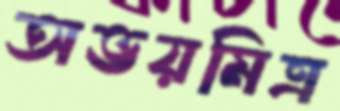
অভয়মিত্র